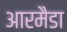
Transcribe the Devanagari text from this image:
आरमैडा